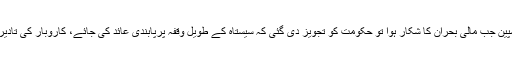
سیستاہ یعنی سپینش قیلولہ کی روایت اس قدر قوی ہے کہ 2007ء میں سپین جب مالی بحران کا شکار ہوا تو حکومت کو تجویز دی گئی کہ سیستاہ کے طویل وقفہ پرپابندی عائد کی جائے، کاروبار کی تادیر سرگرمیوں کی حوصلہ افزائی کی جائے تاکہ کساد بازاری کا خاتمہ ہو۔